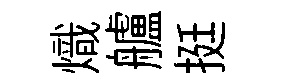
熾艫挺